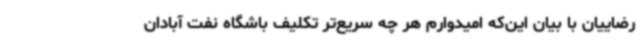
رضاییان با بیان این‌که امیدوارم هر چه سریع‌تر تکلیف باشگاه نفت آبادان